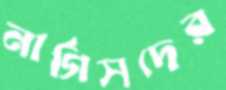
নার্গিসদের